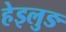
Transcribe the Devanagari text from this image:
हेइलुङ